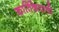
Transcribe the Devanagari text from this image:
कार्तिकेयाची